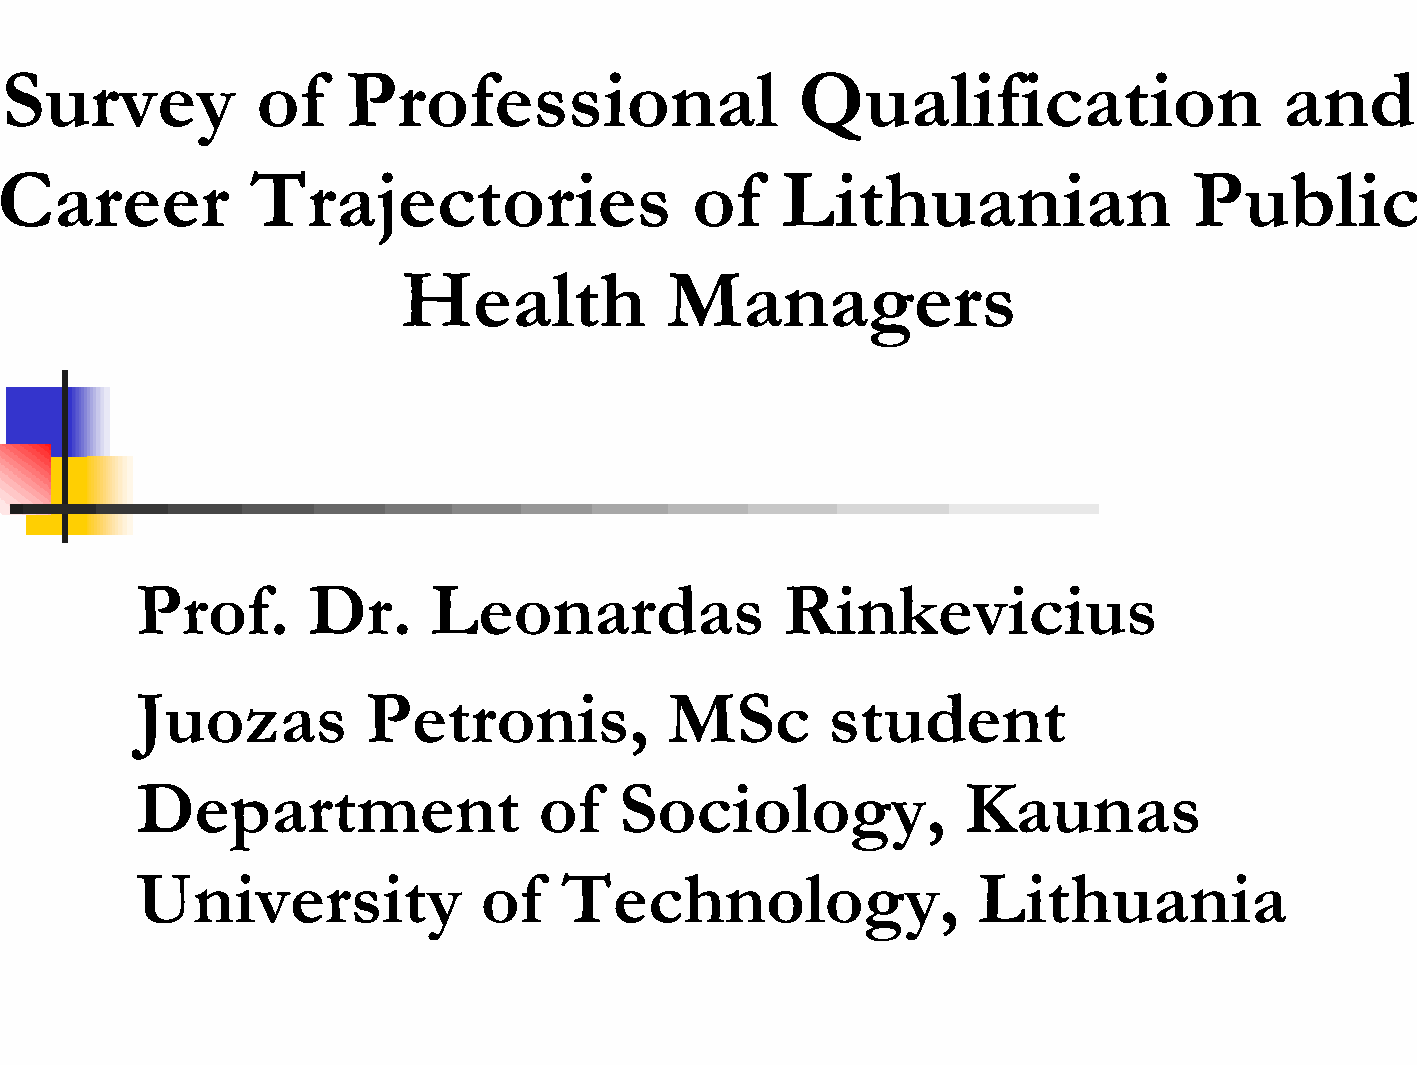
Survey           of    Professional                  Qualification                   and
 Career           Trajectories                 of    Lithuanian                 Public
 Health           Managers
 Prof.       Dr.     Leonardas              Rinkevicius
 Juozas         Petronis,           MSc        student
 Department                 of   Sociology,             Kaunas
 University             of   Technology,                 Lithuania